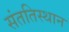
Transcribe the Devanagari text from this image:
संततिस्थान